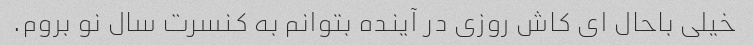
خیلی باحال ای کاش روزی در آینده بتوانم به کنسرت سال نو بروم.